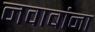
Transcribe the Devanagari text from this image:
नवाबांना